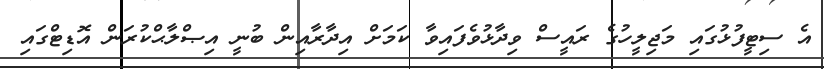
އެ ސިޓީފުޅުގައި މަޖިލީހުގެ ރައީސް ވިދާޅުވެފައިވާ ކަމަށް އިދާރާއިން ބުނީ އިޞްލާޙްކުރަން އޮޑިޓްގައި